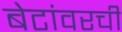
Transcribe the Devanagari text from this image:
बेटांवरची